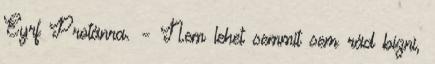
Eyrf Protánra. – Nem lehet semmit sem rád bízni,